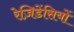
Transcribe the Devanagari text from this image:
रेज़िडेंसियों